画像に写った文字を読んでください
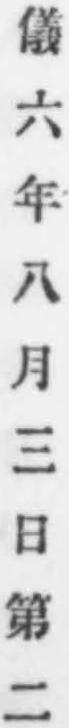
「儀六年八月三日第二」と書いてあります